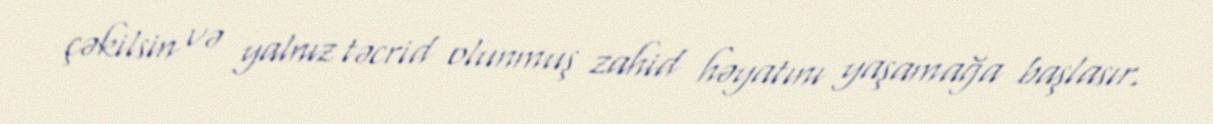
çəkilsin və yalnız təcrid olunmuş zahid həyatını yaşamağa başlasır.